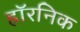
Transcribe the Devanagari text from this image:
हॉरनिक